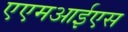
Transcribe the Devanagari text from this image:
एएमआईएस